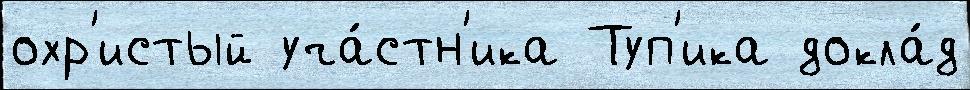
охр'истый уча́стн'ика Туп'ика докла́д